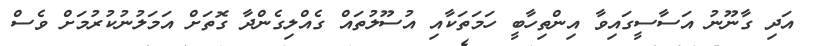
އަދި ގާނޫނު އަސާސީގައިވާ އިންތިހާބީ ހަމަތަކާއި އުސޫލުތައް ގެއްލިގެންދާ ގޮތަށް އަމަލުނުކުރުމަށް ވެސް